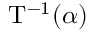
\mathrm { T } ^ { - 1 } ( \alpha )